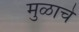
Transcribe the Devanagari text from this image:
मुळाचे